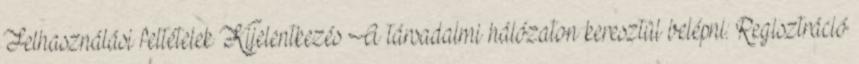
Felhasználási feltételek Kijelentkezés A társadalmi hálózaton keresztül belépni: Regisztráció